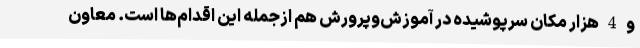
و4هزار مکان سرپوشیده در آموزش‌وپرورش هم ازجمله این اقدام‌ها است. معاون